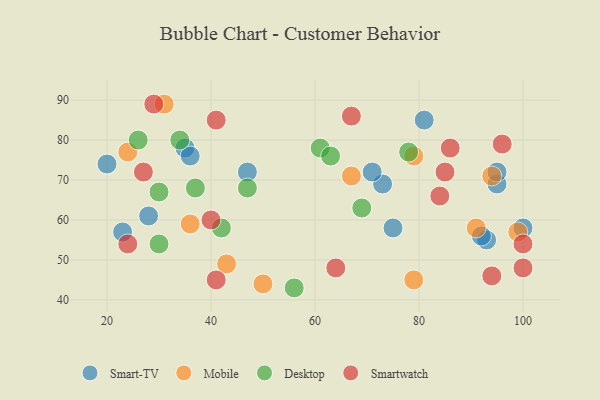
{"axis": {"x": "GDP", "y": "Life Expectancy"}, "legend": ["Desktop", "Mobile", "Smart-TV", "Smartwatch"], "data": [{"x": "93", "y": 55, "type": "Smart-TV"}, {"x": "75", "y": 58, "type": "Smart-TV"}, {"x": "35", "y": 78, "type": "Smart-TV"}, {"x": "20", "y": 74, "type": "Smart-TV"}, {"x": "81", "y": 85, "type": "Smart-TV"}, {"x": "23", "y": 57, "type": "Smart-TV"}, {"x": "73", "y": 69, "type": "Smart-TV"}, {"x": "47", "y": 72, "type": "Smart-TV"}, {"x": "36", "y": 76, "type": "Smart-TV"}, {"x": "71", "y": 72, "type": "Smart-TV"}, {"x": "92", "y": 56, "type": "Smart-TV"}, {"x": "28", "y": 61, "type": "Smart-TV"}, {"x": "95", "y": 69, "type": "Smart-TV"}, {"x": "95", "y": 72, "type": "Smart-TV"}, {"x": "100", "y": 58, "type": "Smart-TV"}, {"x": "67", "y": 71, "type": "Mobile"}, {"x": "43", "y": 49, "type": "Mobile"}, {"x": "94", "y": 71, "type": "Mobile"}, {"x": "24", "y": 77, "type": "Mobile"}, {"x": "31", "y": 89, "type": "Mobile"}, {"x": "99", "y": 57, "type": "Mobile"}, {"x": "91", "y": 58, "type": "Mobile"}, {"x": "50", "y": 44, "type": "Mobile"}, {"x": "79", "y": 76, "type": "Mobile"}, {"x": "79", "y": 45, "type": "Mobile"}, {"x": "36", "y": 59, "type": "Mobile"}, {"x": "47", "y": 68, "type": "Desktop"}, {"x": "26", "y": 80, "type": "Desktop"}, {"x": "56", "y": 43, "type": "Desktop"}, {"x": "61", "y": 78, "type": "Desktop"}, {"x": "30", "y": 54, "type": "Desktop"}, {"x": "63", "y": 76, "type": "Desktop"}, {"x": "69", "y": 63, "type": "Desktop"}, {"x": "34", "y": 80, "type": "Desktop"}, {"x": "78", "y": 77, "type": "Desktop"}, {"x": "30", "y": 67, "type": "Desktop"}, {"x": "37", "y": 68, "type": "Desktop"}, {"x": "42", "y": 58, "type": "Desktop"}, {"x": "100", "y": 48, "type": "Smartwatch"}, {"x": "94", "y": 46, "type": "Smartwatch"}, {"x": "24", "y": 54, "type": "Smartwatch"}, {"x": "100", "y": 54, "type": "Smartwatch"}, {"x": "27", "y": 72, "type": "Smartwatch"}, {"x": "64", "y": 48, "type": "Smartwatch"}, {"x": "86", "y": 78, "type": "Smartwatch"}, {"x": "96", "y": 79, "type": "Smartwatch"}, {"x": "85", "y": 72, "type": "Smartwatch"}, {"x": "41", "y": 85, "type": "Smartwatch"}, {"x": "84", "y": 66, "type": "Smartwatch"}, {"x": "29", "y": 89, "type": "Smartwatch"}, {"x": "67", "y": 86, "type": "Smartwatch"}, {"x": "40", "y": 60, "type": "Smartwatch"}, {"x": "41", "y": 45, "type": "Smartwatch"}]}